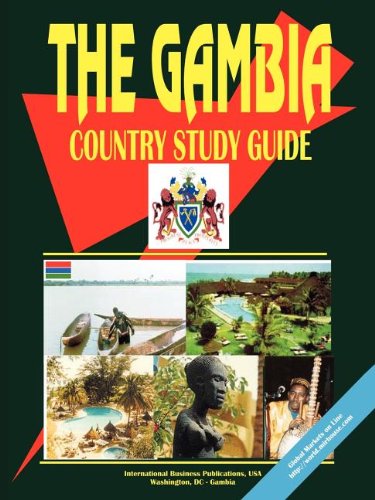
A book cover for Gambia Country Study Guide (World Country Study Guide Library); Ibp Usa; Travel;